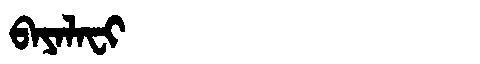
Manchu: ᠪᠠᠶᠠᠯᠠᠸᡳ
Romanization: BAYALAFI